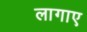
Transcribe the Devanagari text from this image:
लागाए